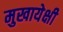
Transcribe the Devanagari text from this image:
मुखायेक्षी